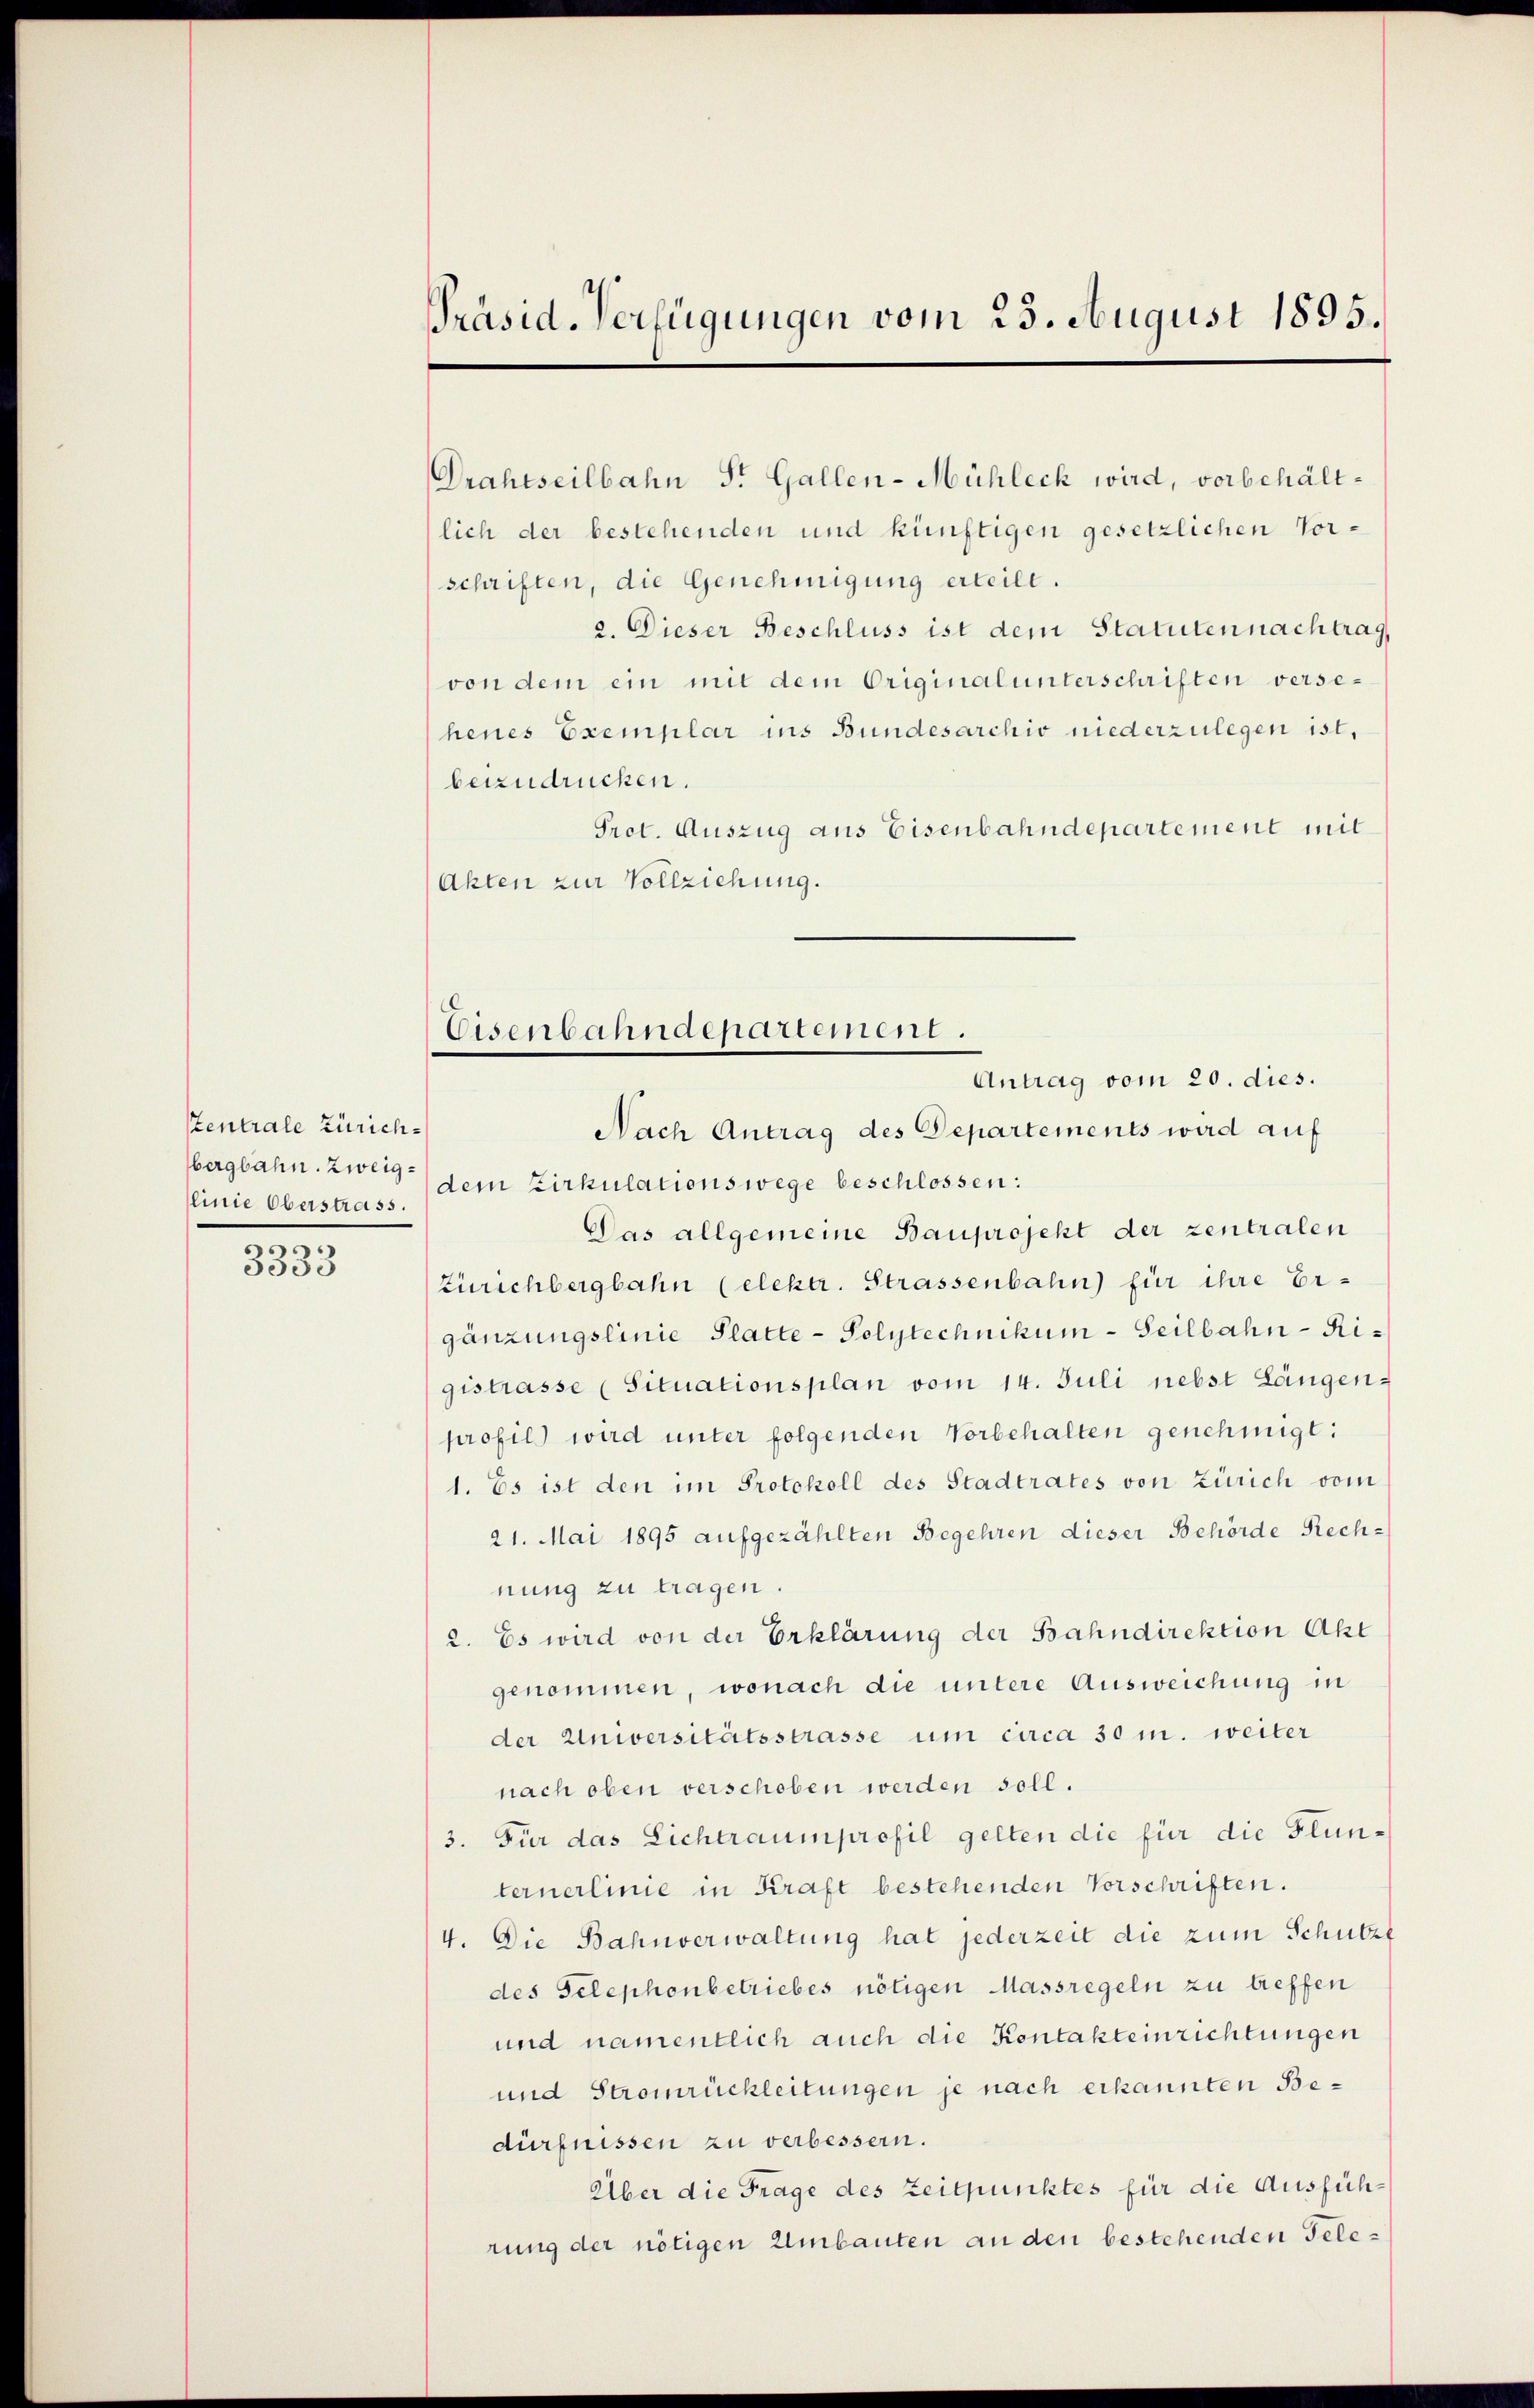
Stentrale Zürichlinie Oberstrass.
.
3333

Präsid. Verfügungen vom 23. August 1895.

Drahtseilbahn S. Gallen-Mühleck wird, vorbehältlich der bestehenden und künftigen gesetzlichen Vorschriften, die Genehmigung erteilt.
2. Dieser Beschluss ist dem Statuten nachtrag,
von dem ein mit dem Originalunterschriften versehenes Exemplar ins Bundesarchiv niederzulegen ist,
beizudrücken.
Prot. Auszug aus Eisenbahndepartement mit
(Akten zur Vollziehung.

Nach Antrag des Departements wird auf
bergbahn. Zweig dein Zirkulationswege beschlossen:
Das allgemeine Bauprojekt der zentralen
Zürichbergbahn (elektr. Strassenbahn für ihre Ergänzungslinie Platte - Polytechnikum-Seilbahn-Rigistrasse (Situationsplan vom 14. Juli nebst Längen,
profil wird unter folgenden Vorbehalten genehmigt:
1. Es ist den im Protokoll des Stadtrates von Zürich vom
21. Mai 1895 aufgezählten Begehren dieser Behörde Rechnung zu tragen.
2. Es wird von der Erklärung der Bahndirektion Akt
genommen, wonach die untere Ausweichung in
der Universitätsstrasse um circa 30 m. weiter
nach oben verschoben werden soll.
3. Für das Lichtraumprofil gelten die für die Flunternerlinie in Kraft bestehenden Vorschriften.
4. Die Bahnverwaltung hat jederzeit die zum Schützt
des Telephonbetriebes nötigen Massregeln zu treffen
und namentlich auch die Kontakteinrichtungen
und Stromrückleitungen je nach erkannten Bedürfnissen zu verbessern.
Über die Frage des Zeitpunktes für die Ausführung der nötigen Umbauten an den bestehenden Tele¬

Eisenbahndepartement.
Antrag vom 20. dies.